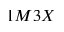
1 M 3 X